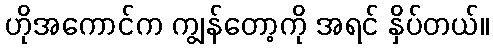
ဟိုအကောင်က ကျွန်တော့ကို အရင် နှိပ်တယ်။